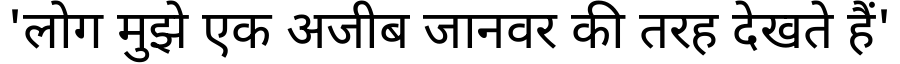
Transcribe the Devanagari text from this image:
'लोग मुझे एक अजीब जानवर की तरह देखते हैं'